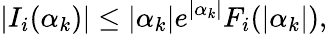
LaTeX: |I_{i}(\alpha_{k})|\leq|\alpha_{k}|e^{|\alpha_{k}|}F_{i}(|\alpha_{k}|),